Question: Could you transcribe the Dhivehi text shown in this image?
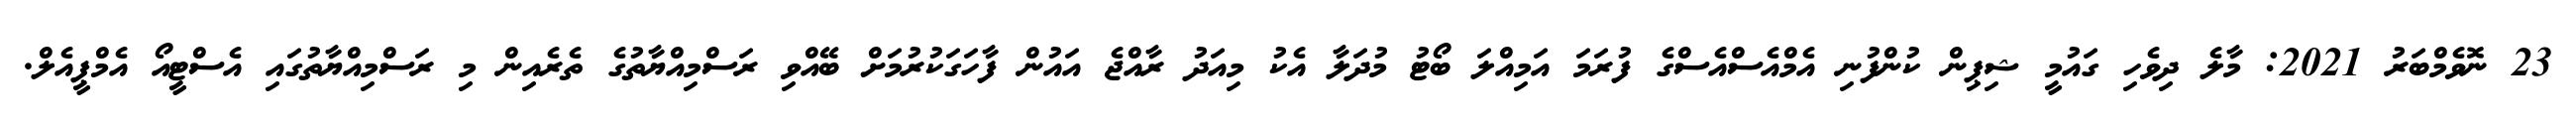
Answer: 23 ނޮވެމްބަރު 2021: މާލެ ދިވެހި ގައުމީ ޝިޕިން ކުންފުނި އެމްއެސްއެސްގެ ފުރަމަ އަމިއްލަ ބޯޓު މުދަލާ އެކު މިއަދު ރާއްޖެ އައުން ފާހަގަކުރުމަށް ބޭއްވި ރަސްމިއްޔާތުގެ ތެރެއިން މި ރަސްމިއްޔާތުގައި އެސްޓީއޯ އެމްޕީއެލް.